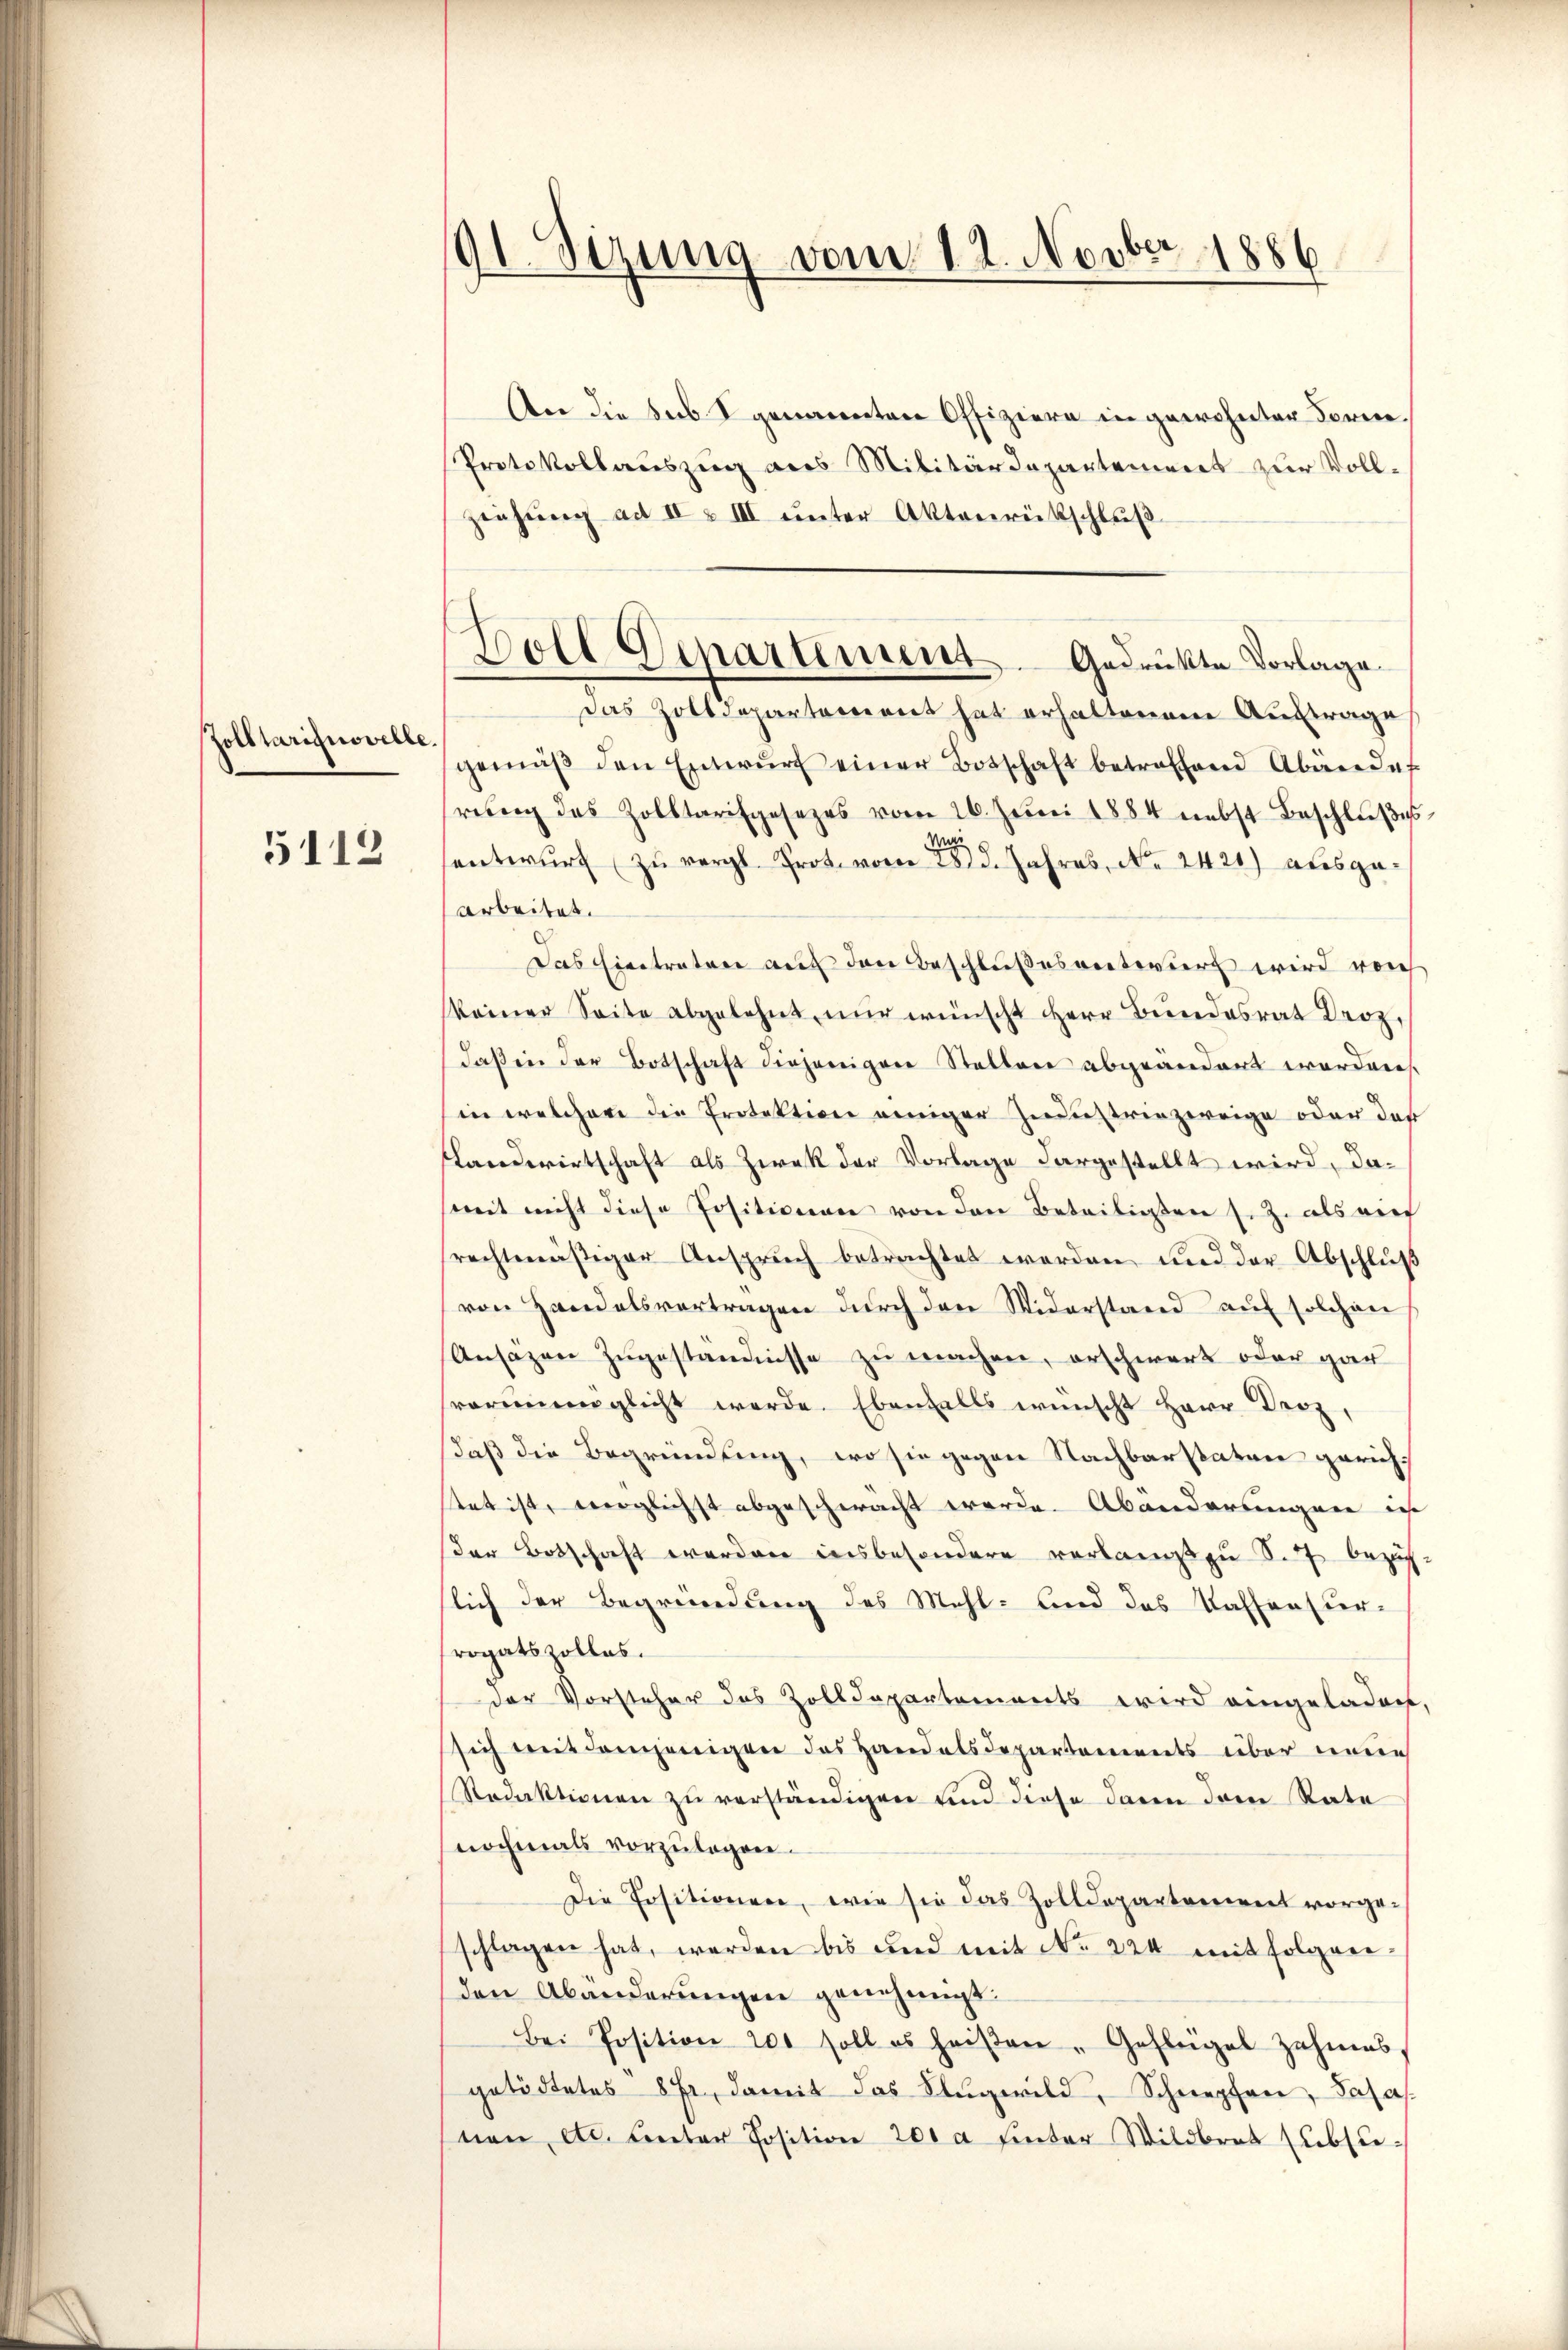
Zolltarignovelle.

5112

91. Sizung vom 12. Novber 1886

An die sub genannten Offiziere in gewohnter Forme.
Protokollauszug aus Militärdepartement zur Vollziehŭng ad II & III ŭnter Aktenrütschlŭβ
Das Zolldepartement hat erhaltenen Auftrage
gemäβ den Entwŭrf einer Botschaft betroffend Abändet
rŭng des Zolltarifgesezes vom 26. Juni 1884 nebst Beschlußes
w
sentwŭrf (zŭ vergl. Prot. vom 28. Jahres, No. 2421) ausgearbeitet.
Das Eintreten auf den Beschlußesentwurf wird vorh
(keiner Seite abgelehnt, nŭr wünscht Herr Bŭndesrat Droz.
daβ in der Botschaft diejenigen Stellen abgeändert worden.
in welchere die Protektion einiger Industriezereige oder das
Landwirtschaft als Zwek der Vorlage dargestellt wird, damit nicht diese Positionen von den Beteiligten sez. als auc
rechtmäßiger Anspruch betrachtet werden und der Abschluß
von Handelsvertragen durch den Widerstand auf solchen
Ansäzen zugeständisse zu machen, erschwerk oder gar
vorenenglicht werde. Ebenfalls wünscht Herr Droz,
daß die Begründung, wo sie gegen Nachbarstaten gerich
tet ist, verglichst abgeschwacht werde. Abänderungen ich
Der Botschaft werden insbesondere verlangt zu S. 7 bezug.
slich der Begründung des Mehl- und das Kassensur-
rogatszolles.
der Vorsteher des Zolldepartements wird eingeladen,
sich mit demjenigen das Handelsdepartements über neue
Redaktionen zu verständigen und diese davon dem Rate
nochmals vorzulegen.
Die Ersitionen, wie sie das Zolldepartement vorge-
schlagen hat, werden bis und mit No. 224 mit folgen
den Abänderungen genehmigt:
Bei Position 200 soll es heiβen "Geflügel zahmes,
getödtetes 8 Fr., damit das Flugwild, Schnepfen, Sasas
nen etc. unter Position 201 a hinter Wildbrot subsu¬

Doll Departement. Gedrükte Vorlage